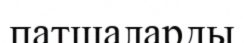
патшаларды